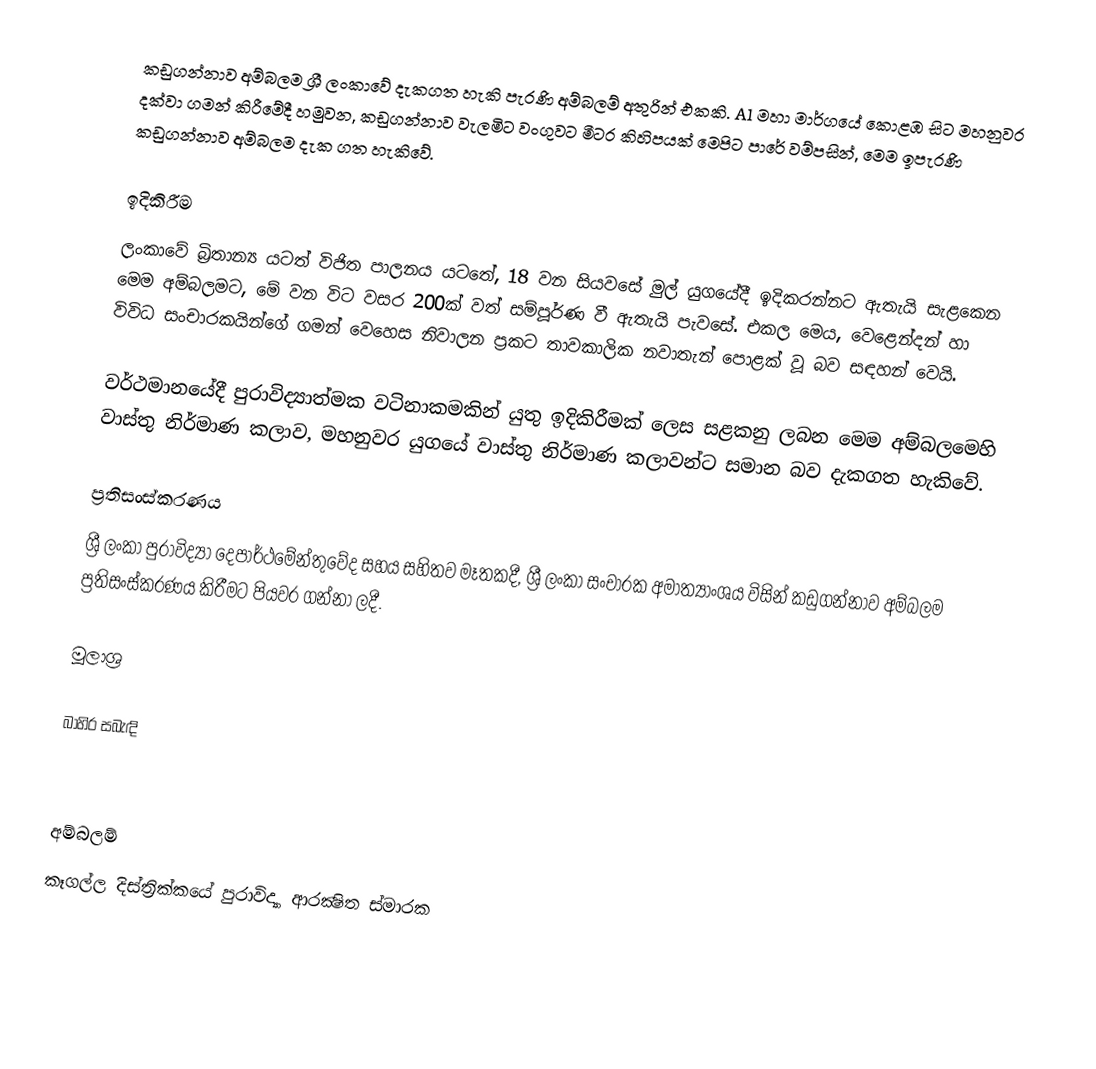
කඩුගන්නාව අම්බලම ශ්‍රී ලංකාවේ දැකගත හැකි පැරණි අම්බලම් අතුරින් එකකි. A1 මහා මාර්ගයේ කොළඹ සිට මහනුවර දක්වා ගමන් කිරීමේදී හමුවන, කඩුගන්නාව වැලමිට වංගුවට මීටර කිහිපයක් මෙපිට පාරේ වම්පසින්, මෙම ඉපැරණි කඩුගන්නාව අම්බලම දැක ගත හැකිවේ.

ඉදිකිරීම
ලංකාවේ බ්‍රිතාන්‍ය යටත් විජිත පාලනය යටතේ, 18 වන සියවසේ මුල් යුගයේදී ඉදිකරන්නට ඇතැයි සැළකෙන මෙම අම්බලමට, මේ වන විට වසර 200ක් වත් සම්පූර්ණ වී ඇතැයි පැවසේ. එකල මෙය, වෙළෙන්දන් හා විවිධ සංචාරකයින්ගේ ගමන් වෙහෙස නිවාලන ප්‍රකට තාවකාලික නවාතැන් පොළක් වූ බව සඳහන් වෙයි.

වර්ථමානයේදී පුරාවිද්‍යාත්මක වටිනාකමකින් යුතු ඉදිකිරීමක් ලෙස සළකනු ලබන මෙම අම්බලමෙහි වාස්තු නිර්මාණ කලාව, මහනුවර යුගයේ වාස්තු නිර්මාණ කලාවන්ට සමාන බව දැකගත හැකිවේ.

ප්‍රතිසංස්කරණය
ශ්‍රී ලංකා පුරාවිද්‍යා දෙපාර්ථමේන්තුවේද සහය සහිතව මෑතකදී, ශ්‍රී ලංකා සංචාරක අමාත්‍යාංශය විසින් කඩුගන්නාව අම්බලම ප්‍රතිසංස්කරණය කිරීමට පියවර ගන්නා ලදී.

මූලාශ්‍ර

බාහිර සබැඳි

අම්බලම්
කෑගල්ල දිස්ත්‍රික්කයේ පුරාවිද්‍යා ආරක්‍ෂිත ස්මාරක